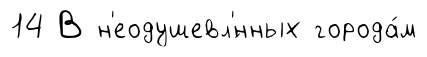
14 В н'еодушевл'́нных города́м